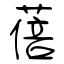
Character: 蓓